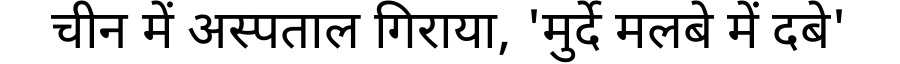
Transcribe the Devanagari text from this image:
चीन में अस्पताल गिराया, 'मुर्दे मलबे में दबे'